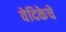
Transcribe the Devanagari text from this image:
वेदिकेचे